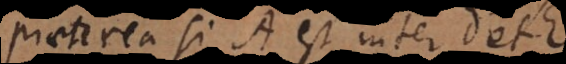
Praeterea si A est inter D et E